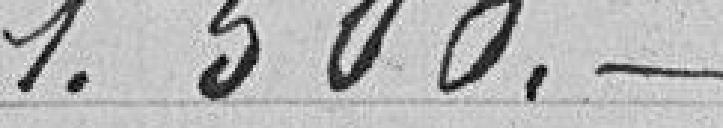
1.500.